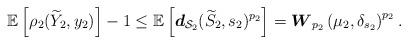
LaTeX: \begin{align*}\mathbb{E} \left[ \rho_2 ( \widetilde{Y}_2, y_2) \right] - 1 \leq \mathbb{E} \left[ \boldsymbol{d}_{\mathcal{S}_2 } (\widetilde{S}_2, s_2)^{p_2} \right] = \boldsymbol{W}_{p_2} \left(\mu_2 , \delta_{s_2} \right)^{p_2}.\end{align*}